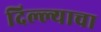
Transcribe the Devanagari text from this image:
दिल्ल्याचा